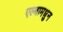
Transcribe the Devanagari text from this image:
एल्बामधुन